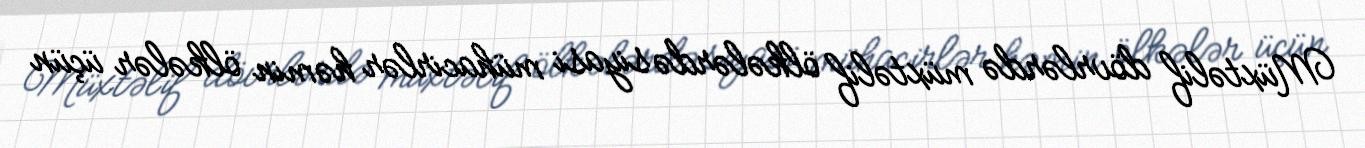
Müxtəlif dövrlərdə müxtəlif ölkələrdə siyasi mühacirlər həmin ölkələr üçün